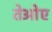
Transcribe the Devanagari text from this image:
तेओए